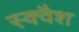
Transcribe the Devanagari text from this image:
स्‍क्‍वैश